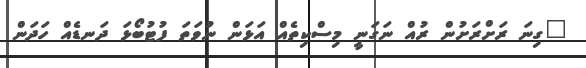
"ގިނަ ރަށްރަށުން ރުއް ނަގަނީ މިސްކިތެއް އަޅަން ނުވަތަ ފުޓުބޯޅަ ދަނޑެއް ހަދަން